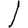
Digit: 1